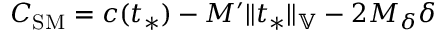
C _ { \mathrm { S M } } = c ( t _ { * } ) - M ^ { \prime } \Vert t _ { * } \Vert _ { \mathbb { V } } - 2 M _ { \delta } \delta